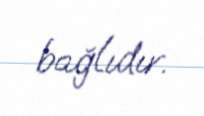
bağlıdır.